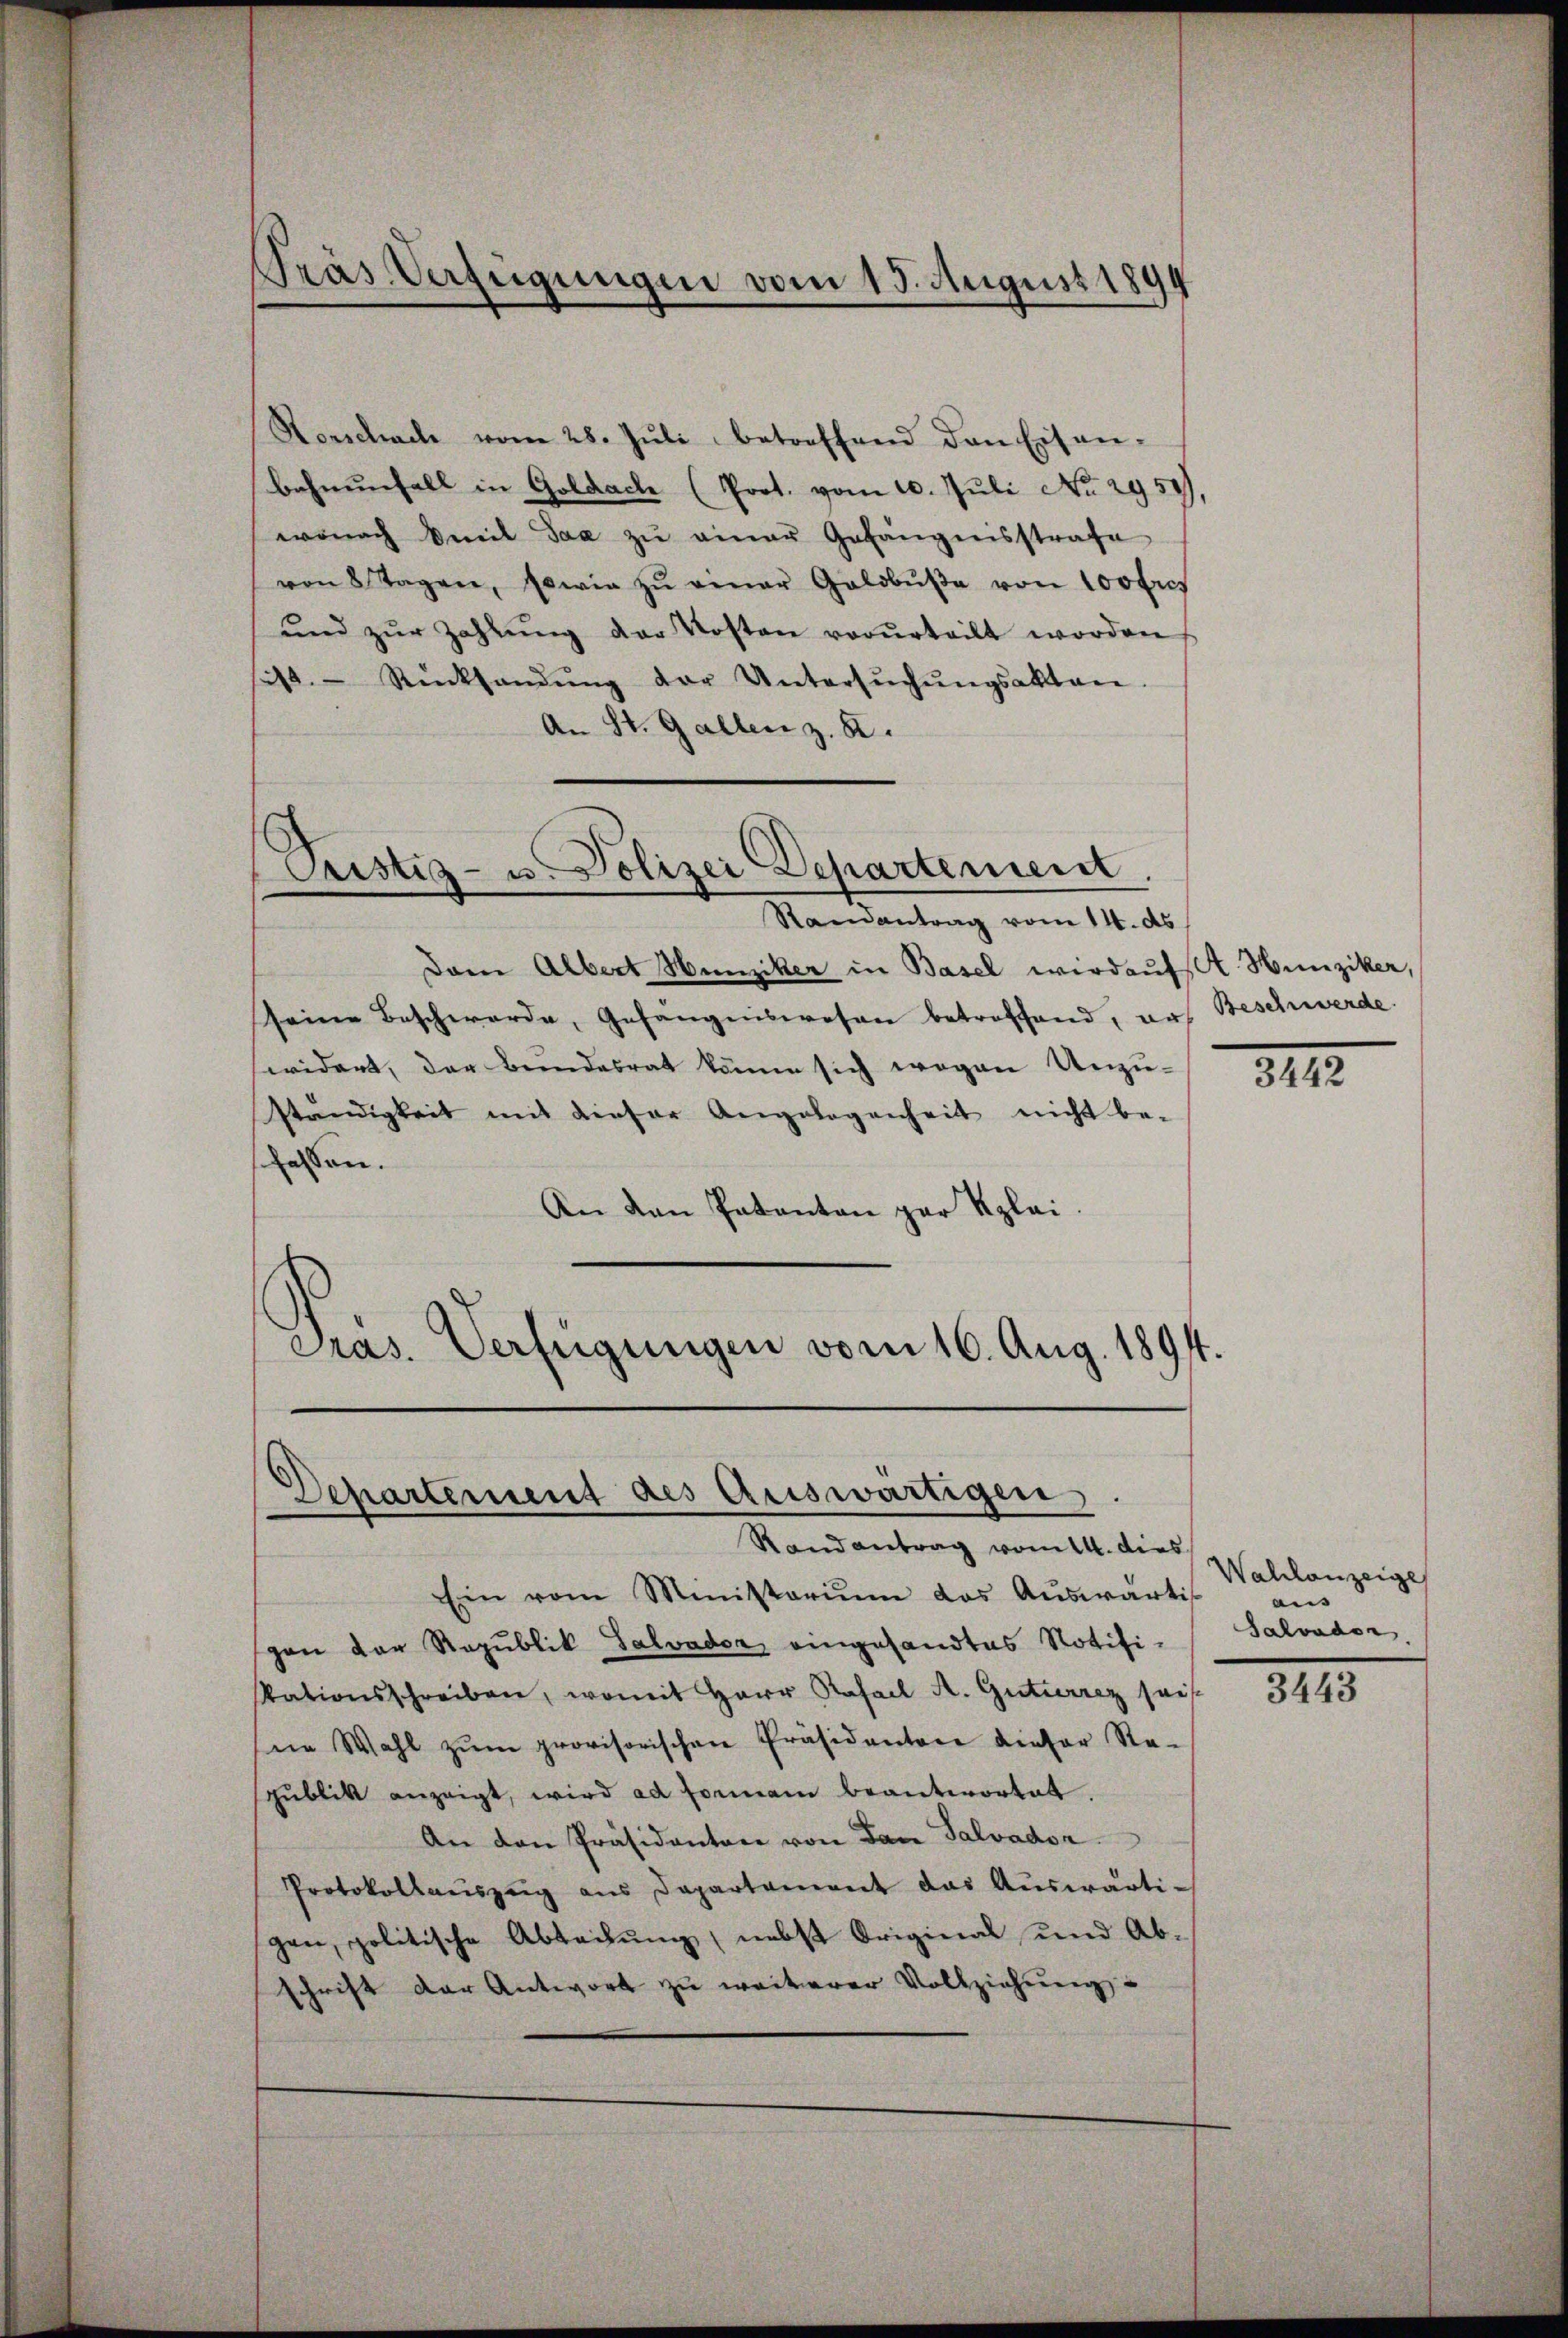
Pras Verfügungen vom 15. August 1894

Horschach vom 28. Jŭli betreffend den Eisen-
behnŭnfall in Goldach (Prot. vom 10. Juli No 2950
wonach mit Saa zŭ einer Gefängensstrafe
von 8 Tagen, sowie zŭ einer Geldbŭβe von 100 fres
ŭnd zŭr Zahlŭng der Kosten vorurteilt worden
ist. Rücksendŭng der Untersŭchŭngsakten
An St. Gallen z. B.

Pustiz- u. Polizei Departement.
Randantrag vom 14. ds.

Dam Albert Hunziker in Basel werdauf. Hunziker,
seine Beschwerde, Gefängniswesen betreffend, aus Beschwerde.
widert, der Bundesrat könne sich wegen Unzu-
ständigkeit mit dieser Angelogenheit nicht be-
faffen.
An den Patanton par Klei¬
Pras. Verfügungen vom 16. Aug. 1894.

.
Separtement des Auswärtigen.

Randantrag vom 14. dies
Ein vom Ministoriŭm das Aŭswärtig
gen der Republik Salvader eingesandtes Notifi-
kationsschreiben, womit Herr Rafall A. Gutierrez sais
sne Wahl zŭm provisorischen Präsidentore dieser Re-
pŭblikt anzeigt, wird ad Fornam beantwortet.
An den Präsidanton von Dan Salvador
Protokollaŭszŭg ans Departament das Aŭswärti-
gen, politische Abteilung, nebst Original und Abschrift der Antwort zu weiterer Vollziehung

342.

Wahlanzeige
a
Salvader.

3415